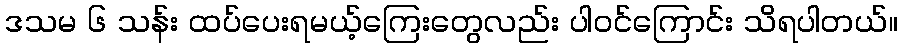
ဒသမ ၆ သန်း ထပ်ပေးရမယ့်ကြေးတွေလည်း ပါဝင်ကြောင်း သိရပါတယ်။